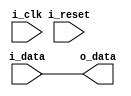
module IO_Buffer (
    input wire i_clk,
    input wire i_reset,
    input wire i_data,
    output wire o_data
);

// Input stage
reg internal_signal;
assign internal_signal = i_data;

// Level shifter
assign o_data = internal_signal;

// Control logic
// (Additional control logic code can be added as needed)

endmodule